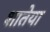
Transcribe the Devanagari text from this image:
शातेया